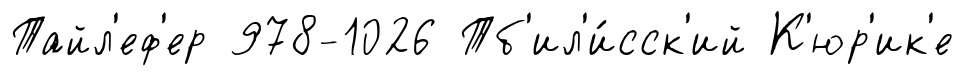
Тайл'еф'ер 978-1026 Тб'ил'и́сск'ий К'юр'ик'е